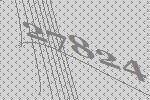
27824